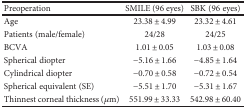
<table><thead><tr><td><b>Preoperation</b></td><td><b>SMILE (96 eyes)</b></td><td><b>SBK (96 eyes)</b></td></tr></thead><tbody><tr><td>Age</td><td>23.38 ± 4.99</td><td>23.32 ± 4.61</td></tr><tr><td>Patients (male/female)</td><td>24/28</td><td>24/25</td></tr><tr><td>BCVA</td><td>1.01 ± 0.05</td><td>1.03 ± 0.08</td></tr><tr><td>Spherical diopter</td><td>−5.16 ± 1.66</td><td>−4.85 ± 1.64</td></tr><tr><td>Cylindrical diopter</td><td>−0.70 ± 0.58</td><td>−0.72 ± 0.54</td></tr><tr><td>Spherical equivalent (SE)</td><td>−5.51 ± 1.70</td><td>−5.31 ± 1.67</td></tr><tr><td>Thinnest corneal thickness (<i>μ</i>m)</td><td>551.99 ± 33.33</td><td>542.98 ± 60.40</td></tr></tbody></table>